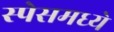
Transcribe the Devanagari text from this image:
स्पेसमध्ये